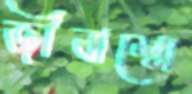
জীবাশ্মে